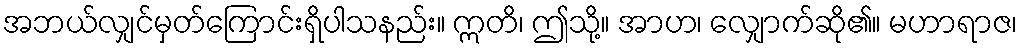
အဘယ်လျှင်မှတ်ကြောင်းရှိပါသနည်း။ ဣတိ၊ ဤသို့။ အာဟ၊ လျှောက်ဆို၏။ မဟာရာဇ၊